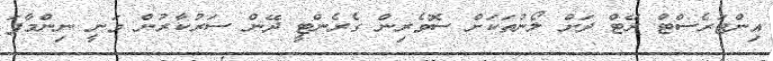
އިންޓަރެސްޓް ރޭޓް ދަށް ލޯނުތަކަށް ސޮވެރިން ގެރެންޓީ ދޭން ސަރުކާރުން ވަނީ ނިންމާފަ